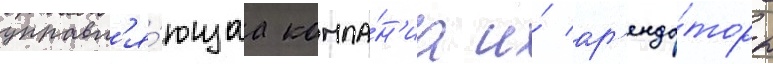
управл'я́ющаа компа́н'иа и́ ар'енда́торы